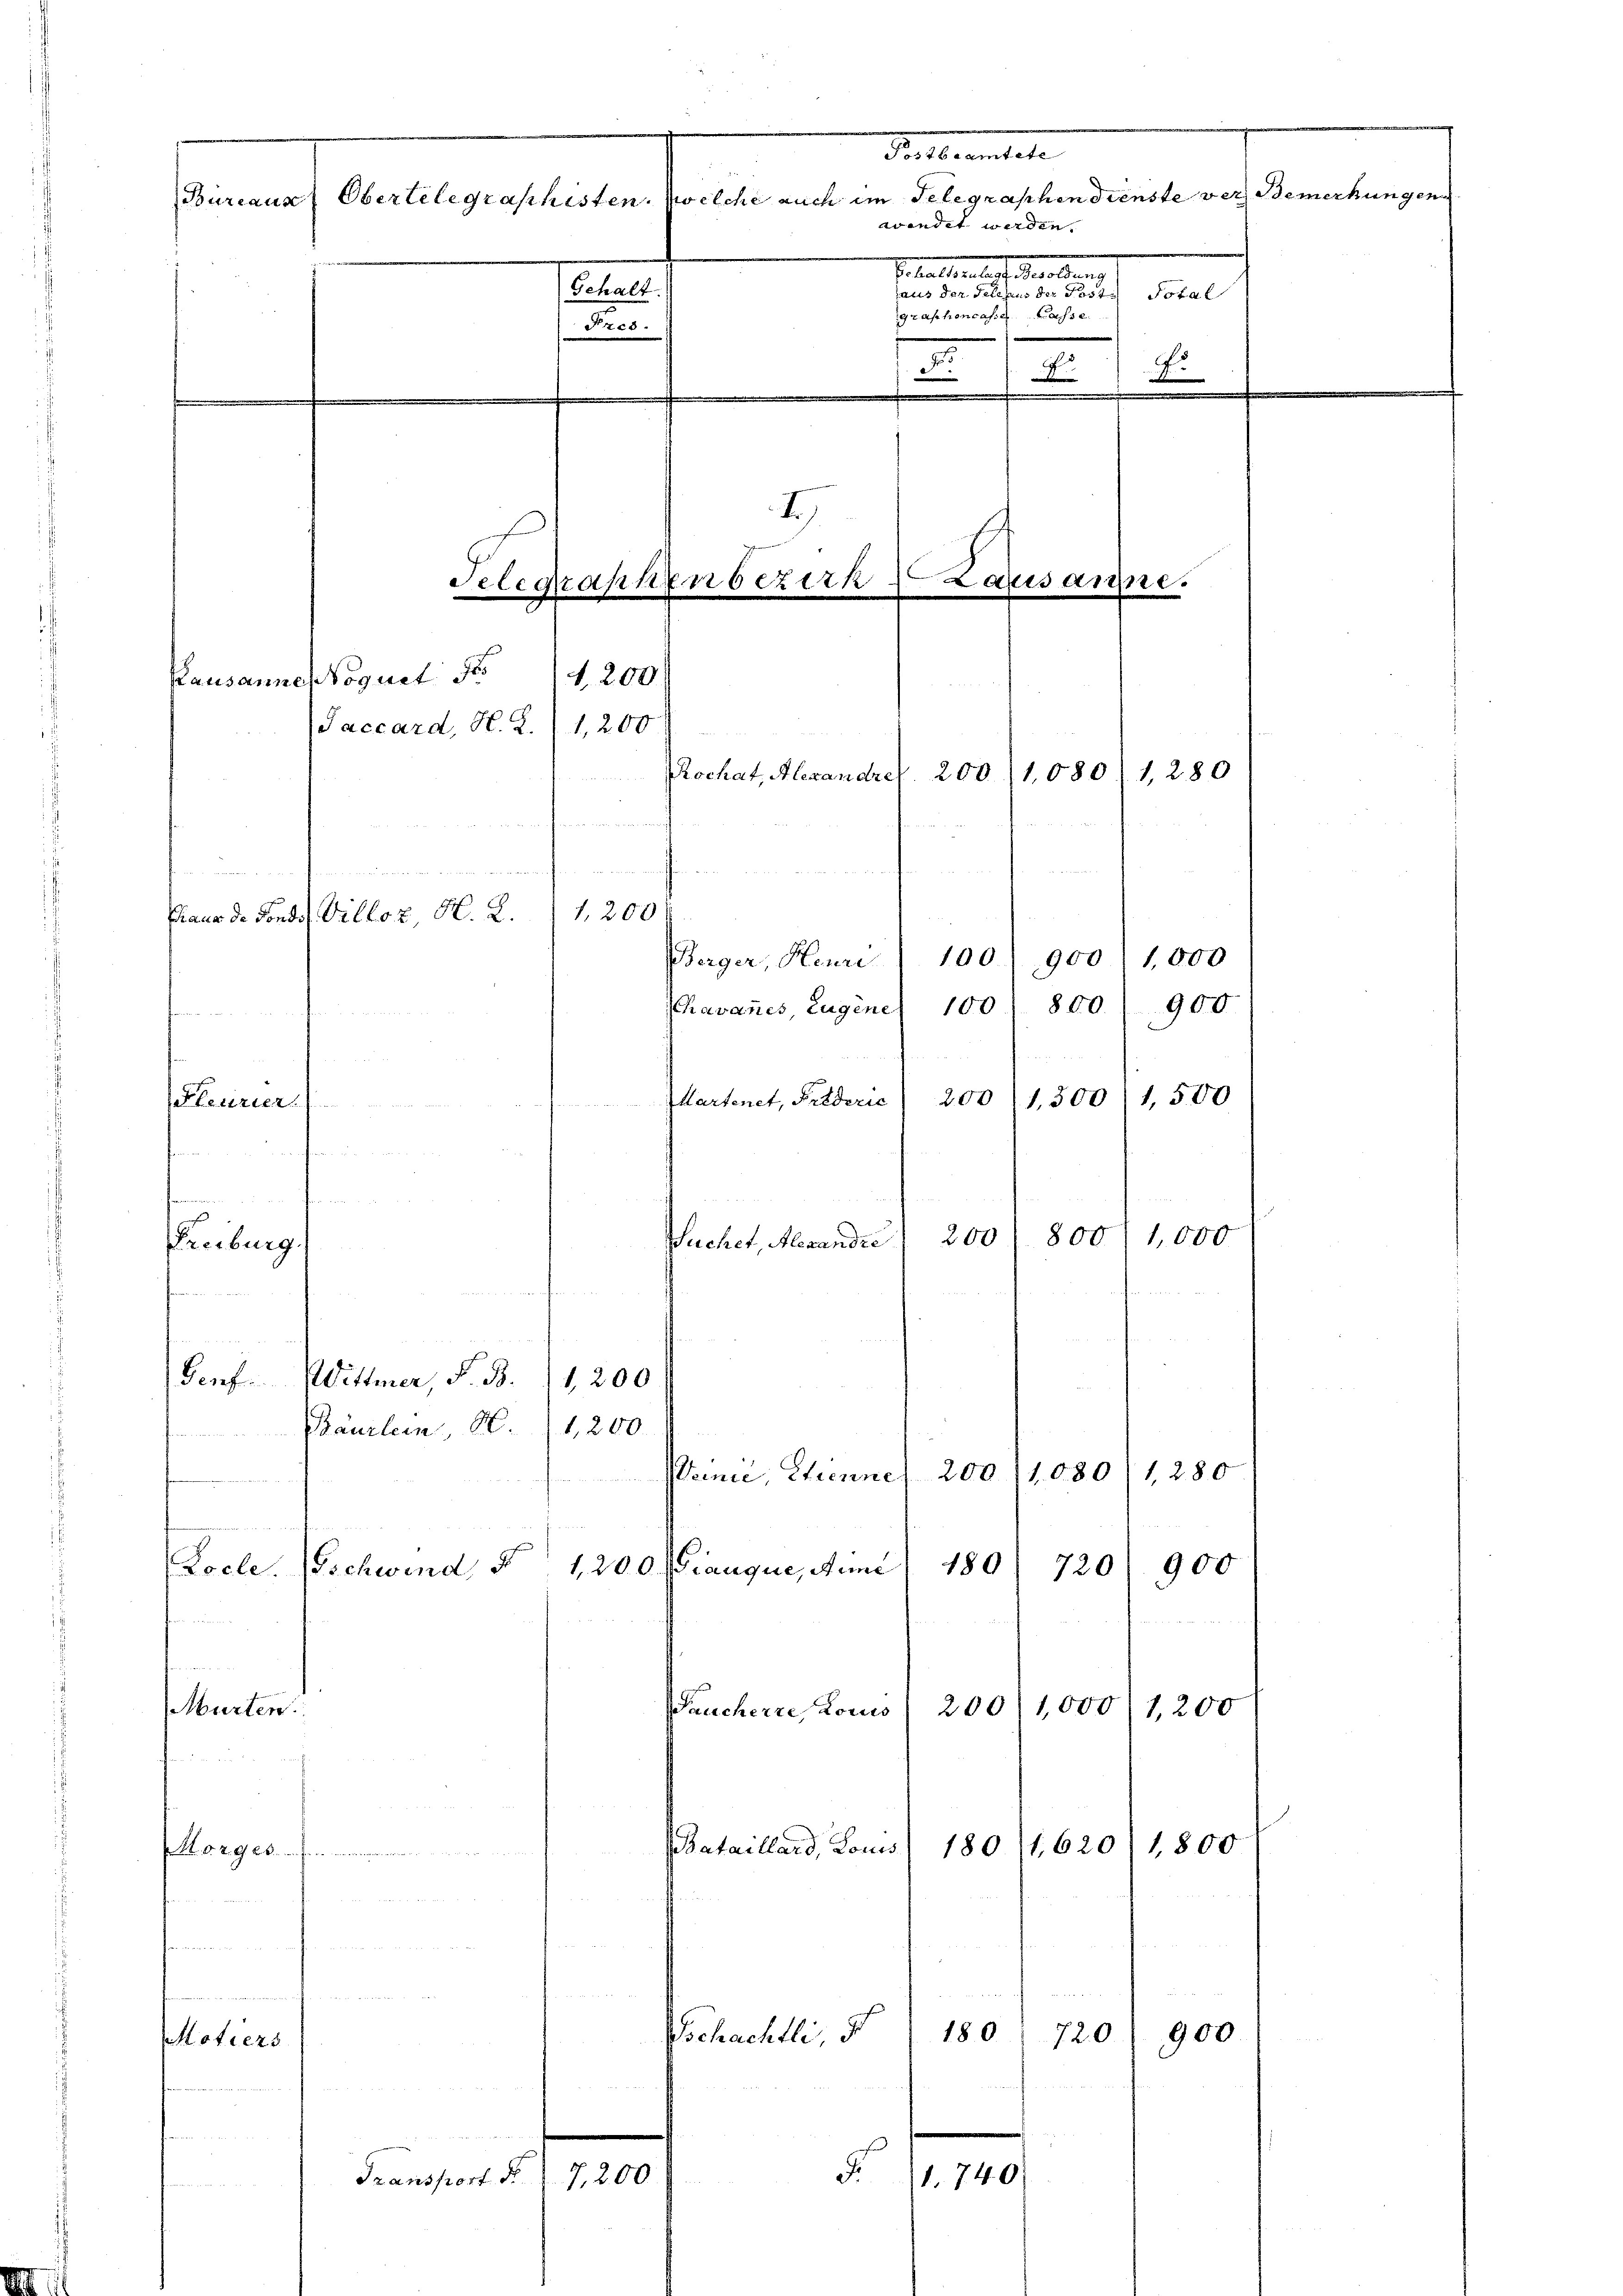
Seiteramtete
Bureaus Obertelegraphisten. Welche auch im Telegraphen dienste ver Bemerkungen
wendet werden.
.
Echale.

m
graphencas. S. Casse
Bres.
.
A
mche
.
e
1.)
Telegraphen bezirk Lausanne.
Kausanner Voguet der 4200
Jaccard, H. R./ 1,200
ochat, Alexandret. 200 (1080 1,280
u
h
u
1,200
Mano d. Fonds Villoz, N. K.
100) 900) 1,000
Berger, Henri
900
800.
chavannes, Eugene 100

200/1,300 (1,500
Partenet, Prsderie
Plerrier.
g
Einburg
200
8001,000
Puchet, Alexander
Genf. Wittmer, S. B.
Bäurlein, CC. (1,200.
n
180
900
1,200 flauque, Anni
720
Murten.
200/1,000/1,200
Bruchere Louis
Bataillend, Louis
180/1,620) 1,800
t. d. d. G. B.
¬
un
180
Gschachtli, d
900
720.
Motiers
n
5.
Transport d
7,200
1. 740.

Locle. (schwind d

1,200

emnić, Etienne 200 (1080/1,280

f